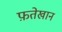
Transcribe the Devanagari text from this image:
फ़तेखान